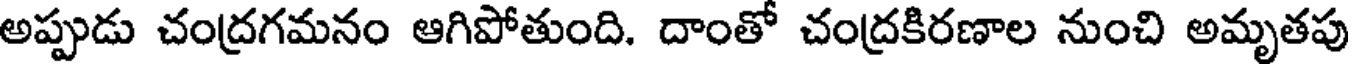
అప్పుడు చంద్రగమనం ఆగిపోతుంది. దాంతో చంద్రకిరణాల నుంచి అమృతపు